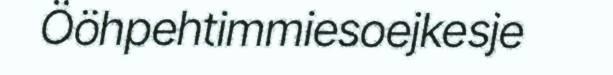
Ööhpehtimmiesoejkesje